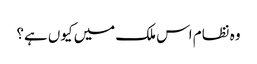
وہ نظام اس ملک میں کیوں ہے؟